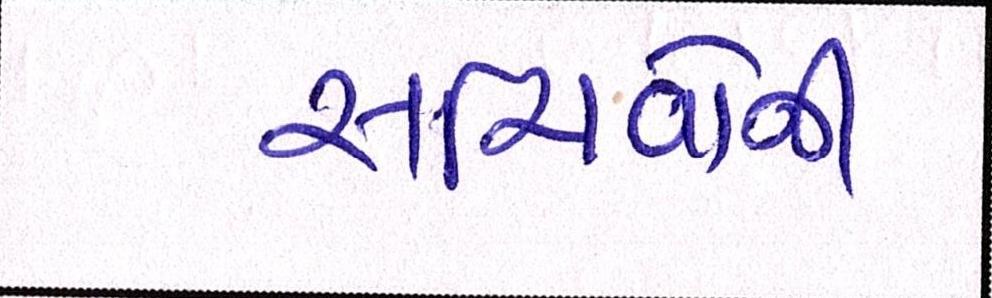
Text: સચિવોની